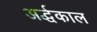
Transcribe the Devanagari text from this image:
अर्द्धकाल